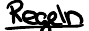
Regeln